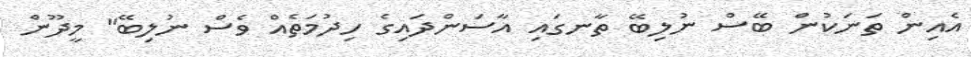
އެއިން ތަނަކުން ބޭސް ނުލިބޭ ތާނގައި އާސަންދައިގެ ހިދުމަތެއް ވެސް ނުލިބޭ" މީދޫން